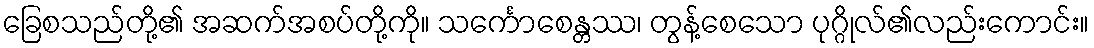
ခြေစသည်တို့၏ အဆက်အစပ်တို့ကို။ သင်္ကောစေန္တဿ၊ တွန့်စေသော ပုဂ္ဂိုလ်၏လည်းကောင်း။